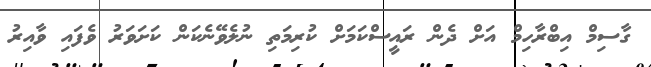
ގާސިމް އިބްރާހިމް އަށް ދެން ރައީސްކަމަށް ކުރިމަތި ނުލެވޭނެކަން ކަށަވަރު ވެފައި ވާއިރު